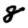
Digit: 8